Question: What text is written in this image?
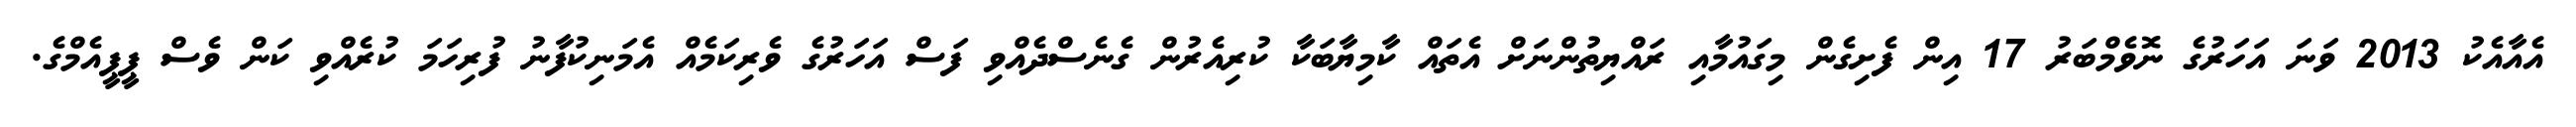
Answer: އެއާއެކު 2013 ވަނަ އަހަރުގެ ނޮވެމްބަރު 17 އިން ފެށިގެން މިގައުމާއި ރައްޔިތުންނަށް އެތައް ކާމިޔާބަކާ ކުރިއެރުން ގެނެސްދެއްވި ފަސް އަހަރުގެ ވެރިކަމެއް އެމަނިކުފާނު ފުރިހަމަ ކުރެއްވި ކަން ވެސް ޕީޕީއެމްގެ.